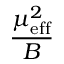
\frac { \mu _ { \mathrm { e f f } } ^ { 2 } } { B }